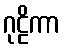
ဂုဠိကာ